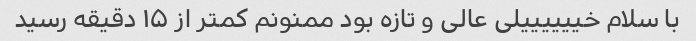
با سلام خییییییلی عالی و تازه بود ممنونم کمتر از ۱۵ دقیقه رسید